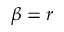
\beta = r